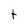
Character: t